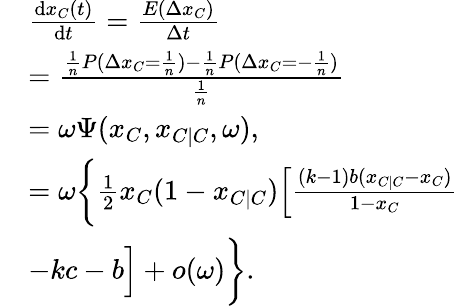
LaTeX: \begin{array}{rl}&{\frac{\textrm{d}x_{C}(t)}{\textrm{d}t}=\frac{E(\Delta x_{C})}{\Delta t}}\\ &{=\frac{\frac{1}{n}P(\Delta x_{C}=\frac{1}{n})-\frac{1}{n}P(\Delta x_{C}=-\frac{1}{n})}{\frac{1}{n}}}\\ &{=\omega\Psi(x_{C},x_{C\mid C},\omega),}\\ &{=\omega\bigg\{ \frac{1}{2}x_{C}(1-x_{C|C})\Big[\frac{(k-1)b(x_{C\mid C}-x_{C})}{1-x_{C}}}\\ &{-kc-b\Big]+o(\omega)\bigg\} .}\end{array}